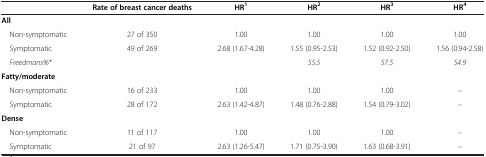
|  | Rate of breast cancer deaths | HR1 | HR2 | HR3 | HR4 |
 | --- | --- | --- | --- | --- | --- |
 | All |  |  |  |  |  |
 | Non-symptomatic | 27 of 350 | 1.00 | 1.00 | 1.00 | 1.00 |
 | Symptomatic | 49 of 269 | 2.68 (1.67-4.28) | 1.55 (0.95-2.53) | 1.52 (0.92-2.50) | 1.56 (0.94-2.58) |
 | Freedmans%* |  |  | 55.5 | 57.5 | 54.9 |
 | Fatty/moderate |  |  |  |  |  |
 | Non-symptomatic | 16 of 233 | 1.00 | 1.00 | 1.00 | – |
 | Symptomatic | 28 of 172 | 2.63 (1.42-4.87) | 1.48 (0.76-2.88) | 1.54 (0.79-3.02) | – |
 | Dense |  |  |  |  |  |
 | Non-symptomatic | 11 of 117 | 1.00 | 1.00 | 1.00 | – |
 | Symptomatic | 21 of 97 | 2.63 (1.26-5.47) | 1.71 (0.75-3.90) | 1.63 (0.68-3.91) | – |